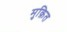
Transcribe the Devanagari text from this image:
मुक़ित